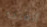
الفتحة